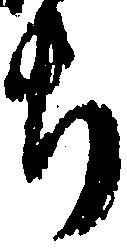
ち